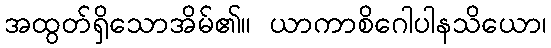
အထွတ်ရှိသောအိမ်၏။ ယာကာစိဂေါပါနသိယော၊